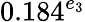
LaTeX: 0.184^{e_{3}}